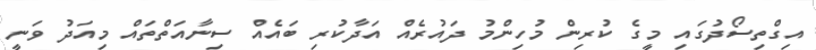
އިގްތިސޯދުގައި މީގެ ކުރިން މުހިންމު ދައުރެއް އަދާކުރި ބައެއް ސިނާއަތްތައް މިއަދު ވަނީ